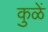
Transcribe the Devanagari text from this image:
कुळें